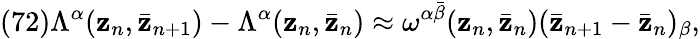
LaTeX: (72)\Lambda^{\alpha}(\mathbf{z}_{n},\bar{{\mathbf{z}}}_{n+1})-\Lambda^{\alpha}(\mathbf{z}_{n},\bar{{\mathbf{z}}}_{n})\approx\omega^{\alpha\bar{{\beta}}}(\mathbf{z}_{n},\bar{{\mathbf{z}}}_{n})(\bar{{\mathbf{z}}}_{n+1}-\bar{{\mathbf{z}}}_{n})_{\beta},